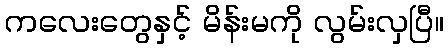
ကလေးတွေနှင့် မိန်းမကို လွမ်းလှပြီ။